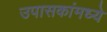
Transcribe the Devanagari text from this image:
उपासकांमध्ये